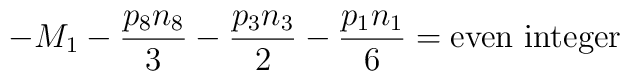
- M_1 -{{p_8 n_8} \over 3} -{{p_3 n_3} \over 2}-{{p_1 n_1} \over 6} = {\rm even}\ {\rm integer}